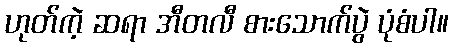
ဟုတ်ကဲ့ ဆရာ အီတလီ စားသောက်ပွဲ ပုံစံပါ။